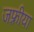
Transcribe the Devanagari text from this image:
जफ़्रीया